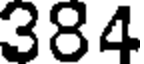
384